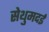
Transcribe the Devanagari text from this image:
सेथुमदई